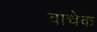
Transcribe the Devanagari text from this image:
वाचेक